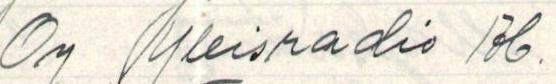
Oy Yleisradio Ab.